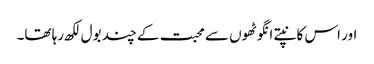
اور اس کانپتے انگوٹھوں سے محبت کے چند بول لکھ رہا تھا۔